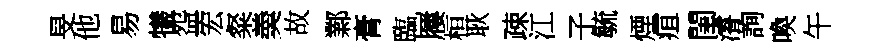
旻他易犧盌宏粲羮故鄴膏臨屨桓耿疎江子毓煙疽閨濬詢喚午